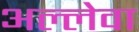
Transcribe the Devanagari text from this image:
अल्लेवा